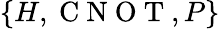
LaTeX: \{ H,\mathrm{~C~N~O~T~},P\}